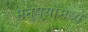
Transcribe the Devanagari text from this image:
मनुषयामध्ये